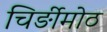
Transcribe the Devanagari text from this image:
चिर्ङीमोठ